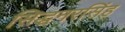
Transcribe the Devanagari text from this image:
सिद्धनरसिंह